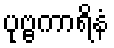
ပုဗ္ဗကာရိနံ